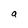
Character: a